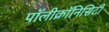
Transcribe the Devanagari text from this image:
पॉलीक्रॉनिसिटी